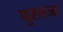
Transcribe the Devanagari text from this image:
पुरुस्ज्ह